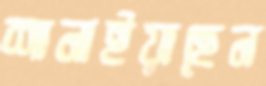
শানাইয়াছেন